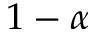
1 - \alpha